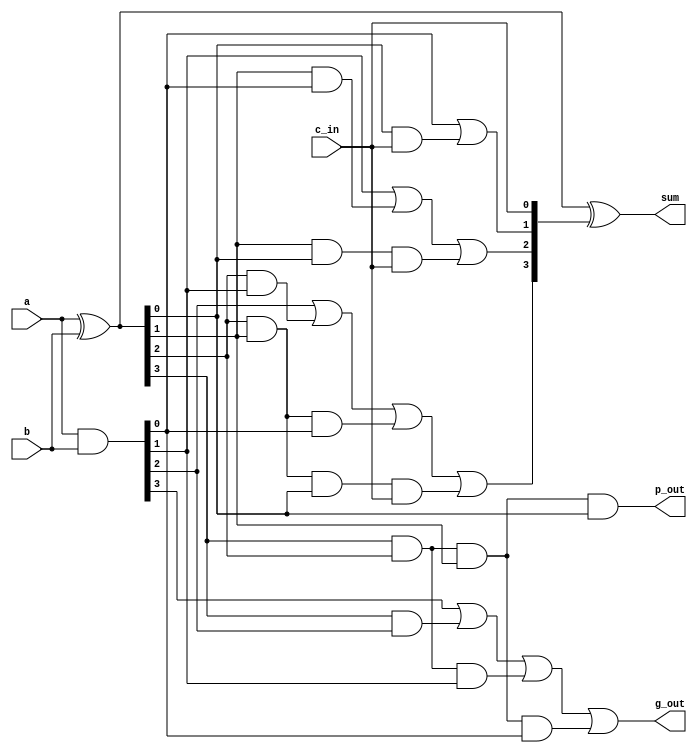
`timescale 1ns / 1ps
//////////////////////////////////////////////////////////////////////////////////
// Company: 
// Engineer: 
// 
// Design Name: 
// Module Name:    CLA_4bit_aug 
// Project Name: 
// Target Devices: 
// Tool versions: 
// Description: 
//
// Dependencies: 
//
// Revision: 
// Revision 0.01 - File Created
// Additional Comments: 
//
//////////////////////////////////////////////////////////////////////////////////
module CLA_4bit_aug(
    input [3:0] a,
    input [3:0] b,
    input c_in,
    output [3:0] sum,
    output p_out,
    output g_out
    );
	 


	wire [3:0] c,P,G; // carry,propogate,generate
	
	
	assign P = a ^ b;	// propogate
	assign G = a & b; // generate
	
	
	// calculate carry
	assign c[0] = c_in;
	assign c[1] = G[0] | (P[0] & c[0]);
	assign c[2] = G[1] | (P[1] & G[0]) | (P[1] & P[0] & c[0]);
	assign c[3] = G[2] | (P[2] & G[1]) | (P[2] & P[1] & G[0]) | (P[2] & P[1] & P[0] & c[0]);
	
	
	assign sum = P ^ c; // compute sum using propogate and carry
	
	
	assign p_out = P[3] & P[2] & P[1] & P[0]; // propogate for next level
	assign g_out = G[3] | (P[3] & G[2]) | (P[3] & P[2] & G[1]) | (P[3] & P[2] & P[1] & G[0]); //generate for next level


endmodule